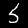
Digit: 5